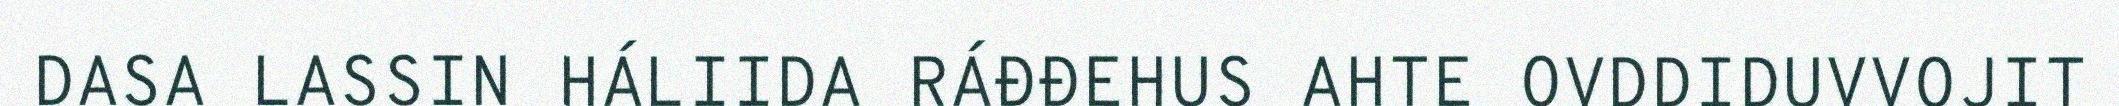
DASA LASSIN HÁLIIDA RÁĐĐEHUS AHTE OVDDIDUVVOJIT